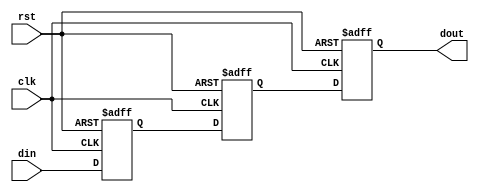
module reg3_16bit
#(
	parameter integer BITS = 15
)
(
	input wire clk,
	input wire rst,
	input wire [BITS:0] din,
	output wire [BITS:0] dout
);
	reg [BITS:0] reg1;
	reg [BITS:0] reg2;
	reg [BITS:0] reg3;

	
	assign dout = reg3;
	
	always @ (posedge clk or negedge rst)
	begin
		if(rst == 0)
		begin
			reg1 <= 0;
			reg2 <= 0;
			reg3 <= 0;

		end
		else
		begin
			reg1 <= din;
			reg2 <= reg1;
			reg3 <= reg2;
		end
	end

endmodule